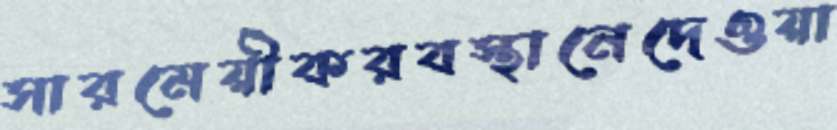
সারমেয়ীকরবস্থানেদেওয়া